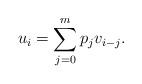
LaTeX: \begin{align*} u_i = \sum_{j=0}^m p_j v_{i-j}.\end{align*}